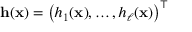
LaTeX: \mathbf { h } ( \mathbf { x } ) = \left( h _ { 1 } ( \mathbf { x } ) , \ldots , h _ { \ell } ( \mathbf { x } ) \right) ^ { \top }